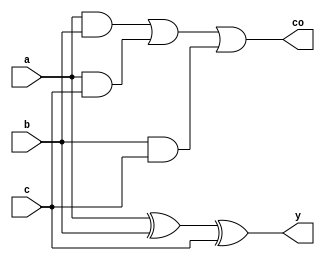
`timescale 1ns/100ps
module add (co, y, a, b, c);
  output co, y; input a, b, c;
  xor (y, a, b, c);
  and (co1, a, b);
  and (co2, a, c);
  and (co3, b, c);
  or  (co, co1, co2, co3);
endmodule

module cnt (co, q, d, c, e, l, r, ci);
  output co, q; input d, c, e, l, r, ci;
  buf (es, c);
  not (em, c);
  incr incr_i (co, dc, q, ci);   // incr
  mux21 mux_1 (de, e, q, dc);    // enab
  mux21 mux_2 (dl, l, de, d);    // load
  mux21 mux_3 (dr, r, dl, 1'b0); // reset
  mux21 mux_4 (qm, em, qm, dr);  // master
  mux21 mux_5 (q , es, q , qm);  // slave
endmodule

module dff (q, d, c, e, r);
  output q; input d, c, e, r;
  buf (es, c);
  not (em, c);
  mux21 mux_1 (de, e, q, d);
  mux21 mux_2 (dr, r, de, 1'b0);
  mux21 mux_3 (qm, em, qm, dr);
  mux21 mux_4 (q , es, q , qm);
endmodule

module drvr (y, a, e);
  output y; input a, e;
  bufif1 (y, a, e);
endmodule

module equal (y, a, b);
  parameter W=1;
  output y; input [W:1] a, b;
  wire [W:1] eq;
  wire [W:0] an;
  assign an[0]=1'b1;
  generate
    genvar g;
    for (g=1;g<=W;g=g+1) begin : GEN
      xnor (eq[g], a[g], b[g]);
      and (an[g], eq[g], an[g-1]);
    end  
  endgenerate
  assign y=an[W];
endmodule

module incr (co, y, a, c);
  output co, y; input a, c;
  xor (y, a, c);
  and (co, a, c);
endmodule

module mux21 (y, s, a, b);
  output y; input s, a, b;
  buf (sb, s);
  not (sa, s);
  and (as, a, sa);
  and (bs, b, sb);
  or  (y, as, bs);
endmodule